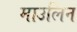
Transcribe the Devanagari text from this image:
माउलिन